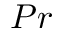
P r